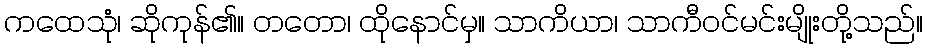
ကထေသုံ၊ ဆိုကုန်၏။ တတော၊ ထိုနောင်မှ။ သာကိယာ၊ သာကီဝင်မင်းမျိုးတို့သည်။